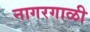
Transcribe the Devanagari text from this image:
नागरगाळी